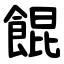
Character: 餛